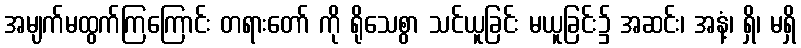
အမျက်မထွက်ကြကြောင်း တရားတော် ကို ရိုသေစွာ သင်ယူခြင်း မယူခြင်း၌ အဆင်း၊ အနံ့၊ ရှိ၊ မရှိ